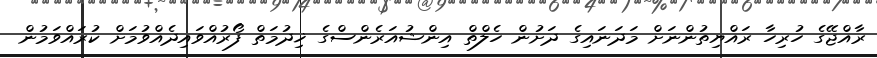
ރާއްޖޭގެ ހުރިހާ ރައްޔިތުންނަށް މަދަނައިގެ ދަށުން ހެލްތް އިންޝުއަރެންސްގެ ޚިދުމަތް ފޯރުއްވައިދެއްވުމަށް ކުރައްވަމުން